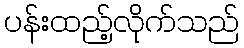
ပန်းထည့်လိုက်သည်